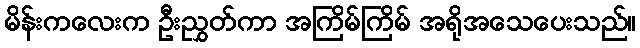
မိန်းကလေးက ဦးညွှတ်ကာ အကြိမ်ကြိမ် အရိုအသေပေးသည်။